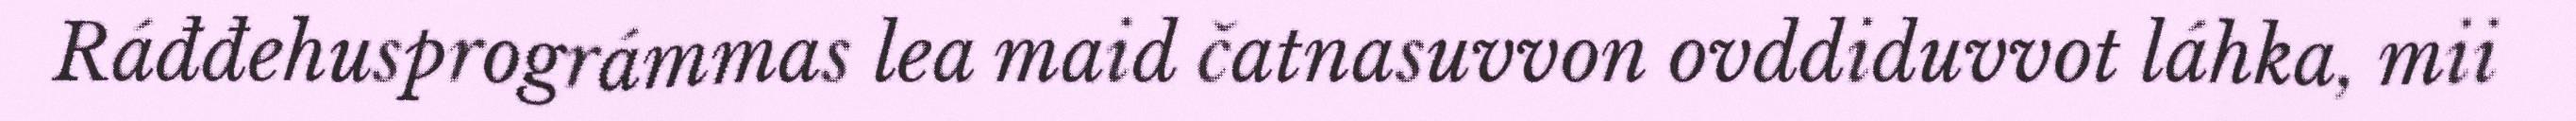
Ráđđehusprográmmas lea maid čatnasuvvon ovddiduvvot láhka, mii